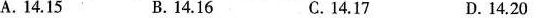
A.14.15 B.14.16 C.14.17 D.14.20